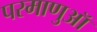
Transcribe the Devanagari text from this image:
परमाणुऑ